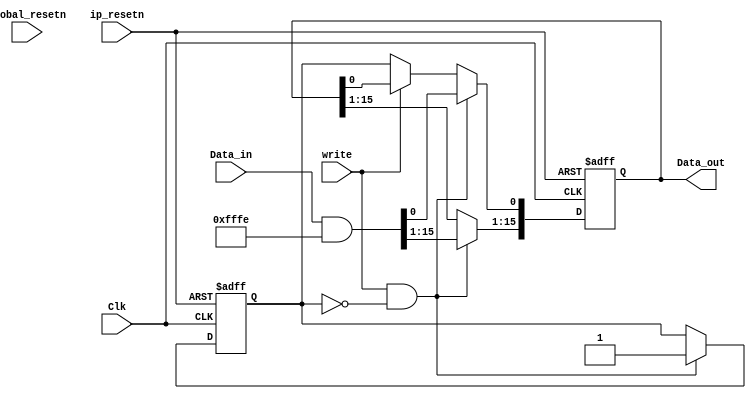
// _LLMHWS_HEADER_COMMENT_END_
module register_write_once_example
(
input [15:0] Data_in,
input Clk,
input ip_resetn,
input global_resetn,
input write,
output reg [15:0] Data_out
);

reg Write_once_status;

always @(posedge Clk or negedge ip_resetn)
// _LLMHWS_SECTION_VERY_HARD_BEGIN_
// _LLMHWS_SECTION_1_MEDIUM_BEGIN_
if (~ip_resetn)
begin
Data_out <= 16'h0000;
// _LLMHWS_SECTION_1_EASY_BEGIN_
Write_once_status <= 1'b0;
// _LLMHWS_SECTION_1_EASY_END_
end
// _LLMHWS_SECTION_1_MEDIUM_END_
// _LLMHWS_SECTION_2_HARD_BEGIN_
else if (write & ~Write_once_status)
begin
Data_out <= Data_in & 16'hFFFE; // Input data written to register after masking bit 0
// _LLMHWS_SECTION_2_EASY_BEGIN_
Write_once_status <= 1'b1; // Write once status set after first write.
// _LLMHWS_SECTION_2_EASY_END_
end
// _LLMHWS_SECTION_2_HARD_END_
else if (~write)
begin
// _LLMHWS_SECTION_3_EASY_BEGIN_
Data_out[15:1] <= Data_out[15:1];
Data_out[0] <= Write_once_status;
// _LLMHWS_SECTION_3_EASY_END_
end
// _LLMHWS_SECTION_VERY_HARD_END_
endmodule